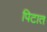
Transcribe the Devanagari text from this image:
पिटात